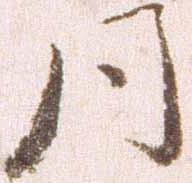
同